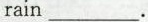
rain ___.